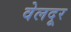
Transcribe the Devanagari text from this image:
वेलदूर